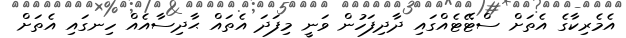
އެމެރިކާގެ އެތަށް ސްޓޭޓެއްގައި ދާދިފަހުން ވަނީ މިފަދަ އެތައް ޙާދިސާއެއް ހިނގައި އެތަށް